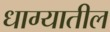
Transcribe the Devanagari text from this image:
धाग्यातील